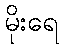
မိုးရေ